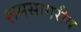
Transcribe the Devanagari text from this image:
रूमसागरीय